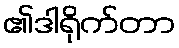
၏ဒါရိုက်တာ